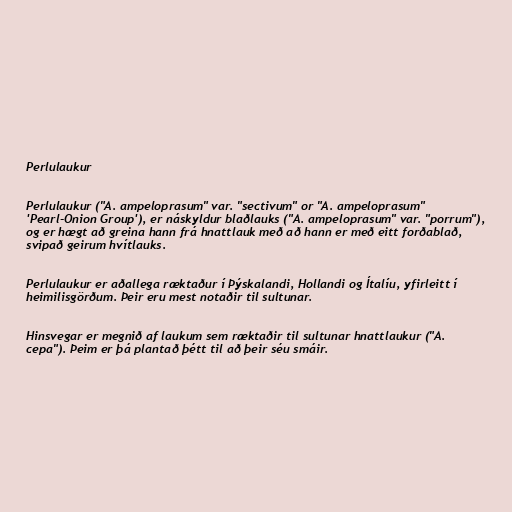
Perlulaukur

Perlulaukur ("A. ampeloprasum" var. "sectivum" or "A. ampeloprasum"
'Pearl-Onion Group'), er náskyldur blaðlauks ("A. ampeloprasum" var. "porrum"),
og er hægt að greina hann frá hnattlauk með að hann er með eitt forðablað,
svipað geirum hvítlauks.

Perlulaukur er aðallega ræktaður í Þýskalandi, Hollandi og Ítalíu, yfirleitt í
heimilisgörðum. Þeir eru mest notaðir til sultunar.

Hinsvegar er megnið af laukum sem ræktaðir til sultunar hnattlaukur ("A.
cepa"). Þeim er þá plantað þétt til að þeir séu smáir.